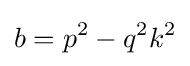
b=p^{2}-q^{2}k^{2}